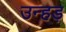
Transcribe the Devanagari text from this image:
उन्हड़